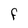
Character: F